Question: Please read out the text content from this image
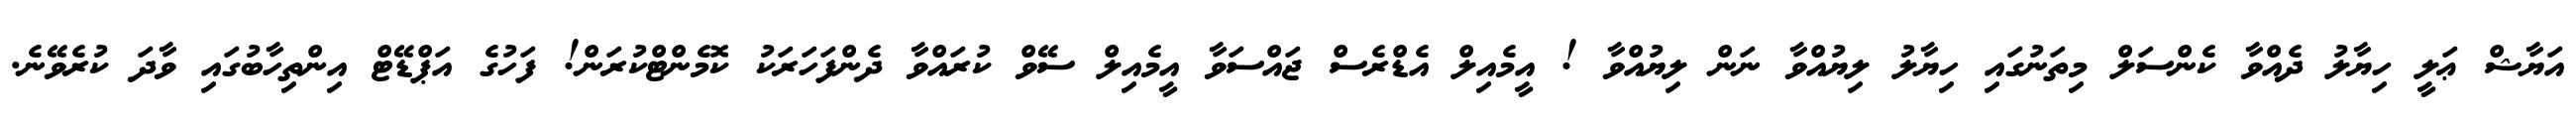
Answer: އަޔާޝް ޢަލީ ހިޔާލު ދެއްވާ ކެންސަލް މިތަނުގައި ހިޔާލު ލިޔުއްވާ ނަން ލިޔުއްވާ ! އީމެއިލް އެޑްރެސް ޖައްސަވާ އީމެއިލް ސޭވް ކުރައްވާ ދެންފަހަރަކު ކޮމެންޓްކުރަން! ފަހުގެ އަޕްޑޭޓް އިންތިހާބުގައި ވާދަ ކުރެވޭނެ.